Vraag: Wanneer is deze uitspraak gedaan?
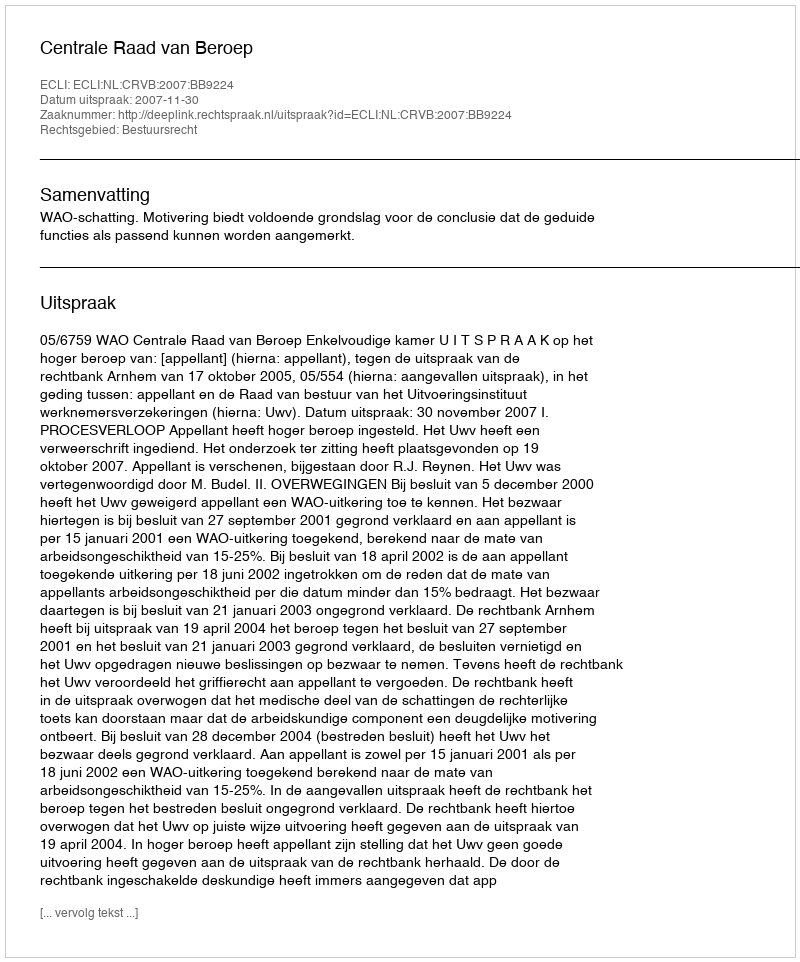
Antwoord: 2007-11-30